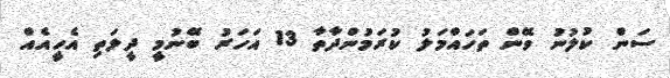
ސަން ކުލުނު ވޭން ތަހައްމަލު ކުރަމުންދާތާ 13 އަހަރު ބޭނުމީ ދީލަތި އެހީއެއް